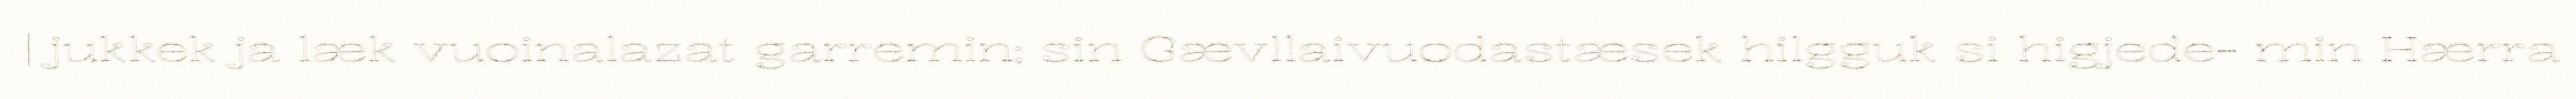
| jukkek ja læk vuoinalazat garremin; sin Gævllaivuodastæsek hilgguk si higjede- min Hærra